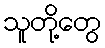
သူတို့တွေ